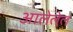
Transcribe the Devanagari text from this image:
आलेलेल